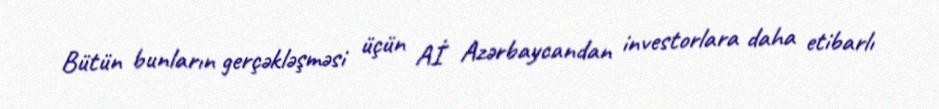
Bütün bunların gerçəkləşməsi üçün Aİ Azərbaycandan investorlara daha etibarlı